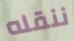
ننقله